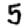
Digit: 5